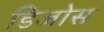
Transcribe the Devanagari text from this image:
डिजोस